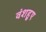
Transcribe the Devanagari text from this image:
वंशहुए